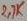
Text: 27K